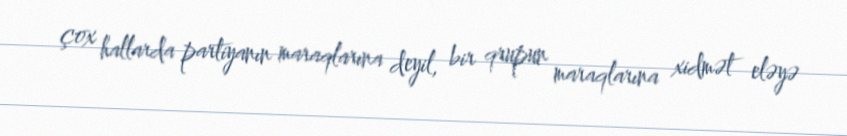
çox hallarda partiyanın maraqlarına deyil, bir qrupun maraqlarına xidmət eləyə